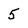
Character: 5